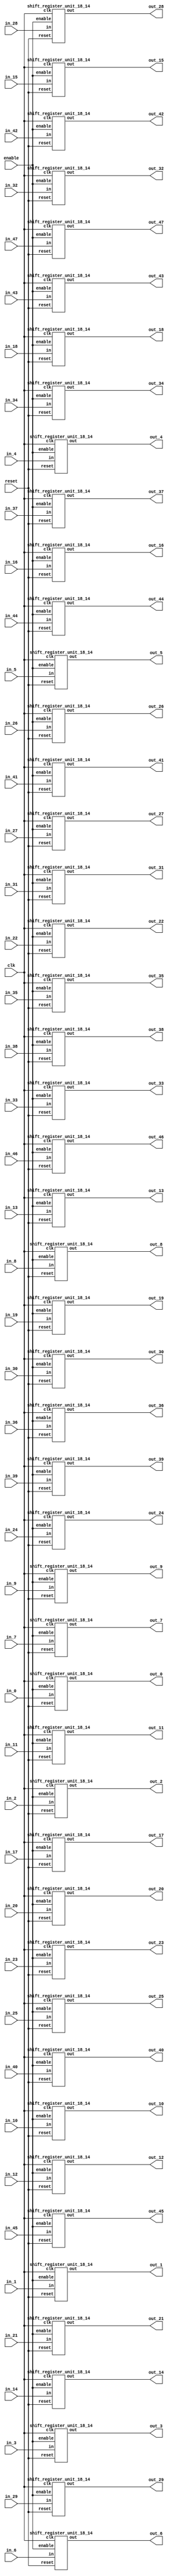
`define SIMULATION_MEMORY

module shift_register_group_18_48_14 (
	input clk,
	input enable,
	input [17:0] in_0,
	output [17:0] out_0,
	input [17:0] in_1,
	output [17:0] out_1,
	input [17:0] in_2,
	output [17:0] out_2,
	input [17:0] in_3,
	output [17:0] out_3,
	input [17:0] in_4,
	output [17:0] out_4,
	input [17:0] in_5,
	output [17:0] out_5,
	input [17:0] in_6,
	output [17:0] out_6,
	input [17:0] in_7,
	output [17:0] out_7,
	input [17:0] in_8,
	output [17:0] out_8,
	input [17:0] in_9,
	output [17:0] out_9,
	input [17:0] in_10,
	output [17:0] out_10,
	input [17:0] in_11,
	output [17:0] out_11,
	input [17:0] in_12,
	output [17:0] out_12,
	input [17:0] in_13,
	output [17:0] out_13,
	input [17:0] in_14,
	output [17:0] out_14,
	input [17:0] in_15,
	output [17:0] out_15,
	input [17:0] in_16,
	output [17:0] out_16,
	input [17:0] in_17,
	output [17:0] out_17,
	input [17:0] in_18,
	output [17:0] out_18,
	input [17:0] in_19,
	output [17:0] out_19,
	input [17:0] in_20,
	output [17:0] out_20,
	input [17:0] in_21,
	output [17:0] out_21,
	input [17:0] in_22,
	output [17:0] out_22,
	input [17:0] in_23,
	output [17:0] out_23,
	input [17:0] in_24,
	output [17:0] out_24,
	input [17:0] in_25,
	output [17:0] out_25,
	input [17:0] in_26,
	output [17:0] out_26,
	input [17:0] in_27,
	output [17:0] out_27,
	input [17:0] in_28,
	output [17:0] out_28,
	input [17:0] in_29,
	output [17:0] out_29,
	input [17:0] in_30,
	output [17:0] out_30,
	input [17:0] in_31,
	output [17:0] out_31,
	input [17:0] in_32,
	output [17:0] out_32,
	input [17:0] in_33,
	output [17:0] out_33,
	input [17:0] in_34,
	output [17:0] out_34,
	input [17:0] in_35,
	output [17:0] out_35,
	input [17:0] in_36,
	output [17:0] out_36,
	input [17:0] in_37,
	output [17:0] out_37,
	input [17:0] in_38,
	output [17:0] out_38,
	input [17:0] in_39,
	output [17:0] out_39,
	input [17:0] in_40,
	output [17:0] out_40,
	input [17:0] in_41,
	output [17:0] out_41,
	input [17:0] in_42,
	output [17:0] out_42,
	input [17:0] in_43,
	output [17:0] out_43,
	input [17:0] in_44,
	output [17:0] out_44,
	input [17:0] in_45,
	output [17:0] out_45,
	input [17:0] in_46,
	output [17:0] out_46,
	input [17:0] in_47,
	output [17:0] out_47,
	input reset
);

shift_register_unit_18_14 shift_register_unit_18_14_inst_0 (
	.clk(clk),
	.reset(reset),
	.enable(enable),
	.in(in_0),
	.out(out_0)
);

shift_register_unit_18_14 shift_register_unit_18_14_inst_1 (
	.clk(clk),
	.reset(reset),
	.enable(enable),
	.in(in_1),
	.out(out_1)
);

shift_register_unit_18_14 shift_register_unit_18_14_inst_2 (
	.clk(clk),
	.reset(reset),
	.enable(enable),
	.in(in_2),
	.out(out_2)
);

shift_register_unit_18_14 shift_register_unit_18_14_inst_3 (
	.clk(clk),
	.reset(reset),
	.enable(enable),
	.in(in_3),
	.out(out_3)
);

shift_register_unit_18_14 shift_register_unit_18_14_inst_4 (
	.clk(clk),
	.reset(reset),
	.enable(enable),
	.in(in_4),
	.out(out_4)
);

shift_register_unit_18_14 shift_register_unit_18_14_inst_5 (
	.clk(clk),
	.reset(reset),
	.enable(enable),
	.in(in_5),
	.out(out_5)
);

shift_register_unit_18_14 shift_register_unit_18_14_inst_6 (
	.clk(clk),
	.reset(reset),
	.enable(enable),
	.in(in_6),
	.out(out_6)
);

shift_register_unit_18_14 shift_register_unit_18_14_inst_7 (
	.clk(clk),
	.reset(reset),
	.enable(enable),
	.in(in_7),
	.out(out_7)
);

shift_register_unit_18_14 shift_register_unit_18_14_inst_8 (
	.clk(clk),
	.reset(reset),
	.enable(enable),
	.in(in_8),
	.out(out_8)
);

shift_register_unit_18_14 shift_register_unit_18_14_inst_9 (
	.clk(clk),
	.reset(reset),
	.enable(enable),
	.in(in_9),
	.out(out_9)
);

shift_register_unit_18_14 shift_register_unit_18_14_inst_10 (
	.clk(clk),
	.reset(reset),
	.enable(enable),
	.in(in_10),
	.out(out_10)
);

shift_register_unit_18_14 shift_register_unit_18_14_inst_11 (
	.clk(clk),
	.reset(reset),
	.enable(enable),
	.in(in_11),
	.out(out_11)
);

shift_register_unit_18_14 shift_register_unit_18_14_inst_12 (
	.clk(clk),
	.reset(reset),
	.enable(enable),
	.in(in_12),
	.out(out_12)
);

shift_register_unit_18_14 shift_register_unit_18_14_inst_13 (
	.clk(clk),
	.reset(reset),
	.enable(enable),
	.in(in_13),
	.out(out_13)
);

shift_register_unit_18_14 shift_register_unit_18_14_inst_14 (
	.clk(clk),
	.reset(reset),
	.enable(enable),
	.in(in_14),
	.out(out_14)
);

shift_register_unit_18_14 shift_register_unit_18_14_inst_15 (
	.clk(clk),
	.reset(reset),
	.enable(enable),
	.in(in_15),
	.out(out_15)
);

shift_register_unit_18_14 shift_register_unit_18_14_inst_16 (
	.clk(clk),
	.reset(reset),
	.enable(enable),
	.in(in_16),
	.out(out_16)
);

shift_register_unit_18_14 shift_register_unit_18_14_inst_17 (
	.clk(clk),
	.reset(reset),
	.enable(enable),
	.in(in_17),
	.out(out_17)
);

shift_register_unit_18_14 shift_register_unit_18_14_inst_18 (
	.clk(clk),
	.reset(reset),
	.enable(enable),
	.in(in_18),
	.out(out_18)
);

shift_register_unit_18_14 shift_register_unit_18_14_inst_19 (
	.clk(clk),
	.reset(reset),
	.enable(enable),
	.in(in_19),
	.out(out_19)
);

shift_register_unit_18_14 shift_register_unit_18_14_inst_20 (
	.clk(clk),
	.reset(reset),
	.enable(enable),
	.in(in_20),
	.out(out_20)
);

shift_register_unit_18_14 shift_register_unit_18_14_inst_21 (
	.clk(clk),
	.reset(reset),
	.enable(enable),
	.in(in_21),
	.out(out_21)
);

shift_register_unit_18_14 shift_register_unit_18_14_inst_22 (
	.clk(clk),
	.reset(reset),
	.enable(enable),
	.in(in_22),
	.out(out_22)
);

shift_register_unit_18_14 shift_register_unit_18_14_inst_23 (
	.clk(clk),
	.reset(reset),
	.enable(enable),
	.in(in_23),
	.out(out_23)
);

shift_register_unit_18_14 shift_register_unit_18_14_inst_24 (
	.clk(clk),
	.reset(reset),
	.enable(enable),
	.in(in_24),
	.out(out_24)
);

shift_register_unit_18_14 shift_register_unit_18_14_inst_25 (
	.clk(clk),
	.reset(reset),
	.enable(enable),
	.in(in_25),
	.out(out_25)
);

shift_register_unit_18_14 shift_register_unit_18_14_inst_26 (
	.clk(clk),
	.reset(reset),
	.enable(enable),
	.in(in_26),
	.out(out_26)
);

shift_register_unit_18_14 shift_register_unit_18_14_inst_27 (
	.clk(clk),
	.reset(reset),
	.enable(enable),
	.in(in_27),
	.out(out_27)
);

shift_register_unit_18_14 shift_register_unit_18_14_inst_28 (
	.clk(clk),
	.reset(reset),
	.enable(enable),
	.in(in_28),
	.out(out_28)
);

shift_register_unit_18_14 shift_register_unit_18_14_inst_29 (
	.clk(clk),
	.reset(reset),
	.enable(enable),
	.in(in_29),
	.out(out_29)
);

shift_register_unit_18_14 shift_register_unit_18_14_inst_30 (
	.clk(clk),
	.reset(reset),
	.enable(enable),
	.in(in_30),
	.out(out_30)
);

shift_register_unit_18_14 shift_register_unit_18_14_inst_31 (
	.clk(clk),
	.reset(reset),
	.enable(enable),
	.in(in_31),
	.out(out_31)
);

shift_register_unit_18_14 shift_register_unit_18_14_inst_32 (
	.clk(clk),
	.reset(reset),
	.enable(enable),
	.in(in_32),
	.out(out_32)
);

shift_register_unit_18_14 shift_register_unit_18_14_inst_33 (
	.clk(clk),
	.reset(reset),
	.enable(enable),
	.in(in_33),
	.out(out_33)
);

shift_register_unit_18_14 shift_register_unit_18_14_inst_34 (
	.clk(clk),
	.reset(reset),
	.enable(enable),
	.in(in_34),
	.out(out_34)
);

shift_register_unit_18_14 shift_register_unit_18_14_inst_35 (
	.clk(clk),
	.reset(reset),
	.enable(enable),
	.in(in_35),
	.out(out_35)
);

shift_register_unit_18_14 shift_register_unit_18_14_inst_36 (
	.clk(clk),
	.reset(reset),
	.enable(enable),
	.in(in_36),
	.out(out_36)
);

shift_register_unit_18_14 shift_register_unit_18_14_inst_37 (
	.clk(clk),
	.reset(reset),
	.enable(enable),
	.in(in_37),
	.out(out_37)
);

shift_register_unit_18_14 shift_register_unit_18_14_inst_38 (
	.clk(clk),
	.reset(reset),
	.enable(enable),
	.in(in_38),
	.out(out_38)
);

shift_register_unit_18_14 shift_register_unit_18_14_inst_39 (
	.clk(clk),
	.reset(reset),
	.enable(enable),
	.in(in_39),
	.out(out_39)
);

shift_register_unit_18_14 shift_register_unit_18_14_inst_40 (
	.clk(clk),
	.reset(reset),
	.enable(enable),
	.in(in_40),
	.out(out_40)
);

shift_register_unit_18_14 shift_register_unit_18_14_inst_41 (
	.clk(clk),
	.reset(reset),
	.enable(enable),
	.in(in_41),
	.out(out_41)
);

shift_register_unit_18_14 shift_register_unit_18_14_inst_42 (
	.clk(clk),
	.reset(reset),
	.enable(enable),
	.in(in_42),
	.out(out_42)
);

shift_register_unit_18_14 shift_register_unit_18_14_inst_43 (
	.clk(clk),
	.reset(reset),
	.enable(enable),
	.in(in_43),
	.out(out_43)
);

shift_register_unit_18_14 shift_register_unit_18_14_inst_44 (
	.clk(clk),
	.reset(reset),
	.enable(enable),
	.in(in_44),
	.out(out_44)
);

shift_register_unit_18_14 shift_register_unit_18_14_inst_45 (
	.clk(clk),
	.reset(reset),
	.enable(enable),
	.in(in_45),
	.out(out_45)
);

shift_register_unit_18_14 shift_register_unit_18_14_inst_46 (
	.clk(clk),
	.reset(reset),
	.enable(enable),
	.in(in_46),
	.out(out_46)
);

shift_register_unit_18_14 shift_register_unit_18_14_inst_47 (
	.clk(clk),
	.reset(reset),
	.enable(enable),
	.in(in_47),
	.out(out_47)
);

endmodule
module shift_register_unit_18_14 (
	input clk,
	input reset,
	input enable,
	input [17:0] in,
	output [17:0] out
);

reg [17:0] shift_registers_0;
reg [17:0] shift_registers_1;
reg [17:0] shift_registers_2;
reg [17:0] shift_registers_3;
reg [17:0] shift_registers_4;
reg [17:0] shift_registers_5;
reg [17:0] shift_registers_6;
reg [17:0] shift_registers_7;
reg [17:0] shift_registers_8;
reg [17:0] shift_registers_9;
reg [17:0] shift_registers_10;
reg [17:0] shift_registers_11;
reg [17:0] shift_registers_12;
reg [17:0] shift_registers_13;
always @ (posedge clk) begin
	if (reset) begin
		shift_registers_0 <= 18'd0;
		shift_registers_1 <= 18'd0;
		shift_registers_2 <= 18'd0;
		shift_registers_3 <= 18'd0;
		shift_registers_4 <= 18'd0;
		shift_registers_5 <= 18'd0;
		shift_registers_6 <= 18'd0;
		shift_registers_7 <= 18'd0;
		shift_registers_8 <= 18'd0;
		shift_registers_9 <= 18'd0;
		shift_registers_10 <= 18'd0;
		shift_registers_11 <= 18'd0;
		shift_registers_12 <= 18'd0;
		shift_registers_13 <= 18'd0;
	end else if (enable) begin
		shift_registers_0 <= in;
		shift_registers_1 <= shift_registers_0;
		shift_registers_2 <= shift_registers_1;
		shift_registers_3 <= shift_registers_2;
		shift_registers_4 <= shift_registers_3;
		shift_registers_5 <= shift_registers_4;
		shift_registers_6 <= shift_registers_5;
		shift_registers_7 <= shift_registers_6;
		shift_registers_8 <= shift_registers_7;
		shift_registers_9 <= shift_registers_8;
		shift_registers_10 <= shift_registers_9;
		shift_registers_11 <= shift_registers_10;
		shift_registers_12 <= shift_registers_11;
		shift_registers_13 <= shift_registers_12;
	end
end

assign out = shift_registers_13;

endmodule